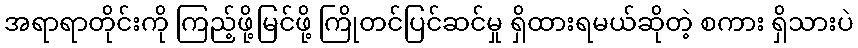
အရာရာတိုင်းကို ကြည့်ဖို့မြင်ဖို့ ကြိုတင်ပြင်ဆင်မှု ရှိထားရမယ်ဆိုတဲ့ စကား ရှိသားပဲ